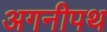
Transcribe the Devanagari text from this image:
अगनीपथ